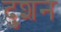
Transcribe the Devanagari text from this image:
दुशन